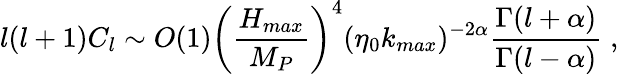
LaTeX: l(l+1)C_{l}\sim O(1)\left({\frac{H_{max}}{M_{P}}}\right)^{4}(\eta_{0}k_{max})^{-2\alpha}{\frac{\Gamma(l+\alpha)}{\Gamma(l-\alpha)}}\; ,